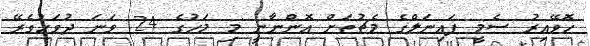
ހޮވޭއިރު ސެމީ ފައިނަލްގެ މެޗުތަށް އޮންނާނީ މި މަހުގެ 24 ވަނަ ދުވަހުގެރޭ